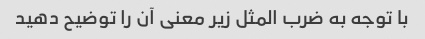
با توجه به ضرب المثل زیر معنی آن را توضیح دهید